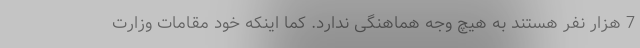
7 هزار نفر هستند به هیچ وجه هماهنگی ندارد. کما اینکه خود مقامات وزارت